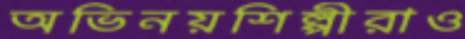
অভিনয়শিল্পীরাও